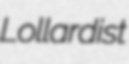
Lollardist